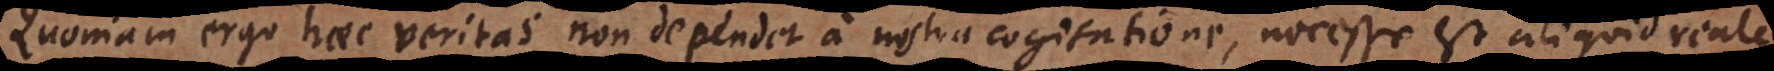
Quoniam ergo haec veritas non dependet a nostra cogitatione, necesse est aliquid reale